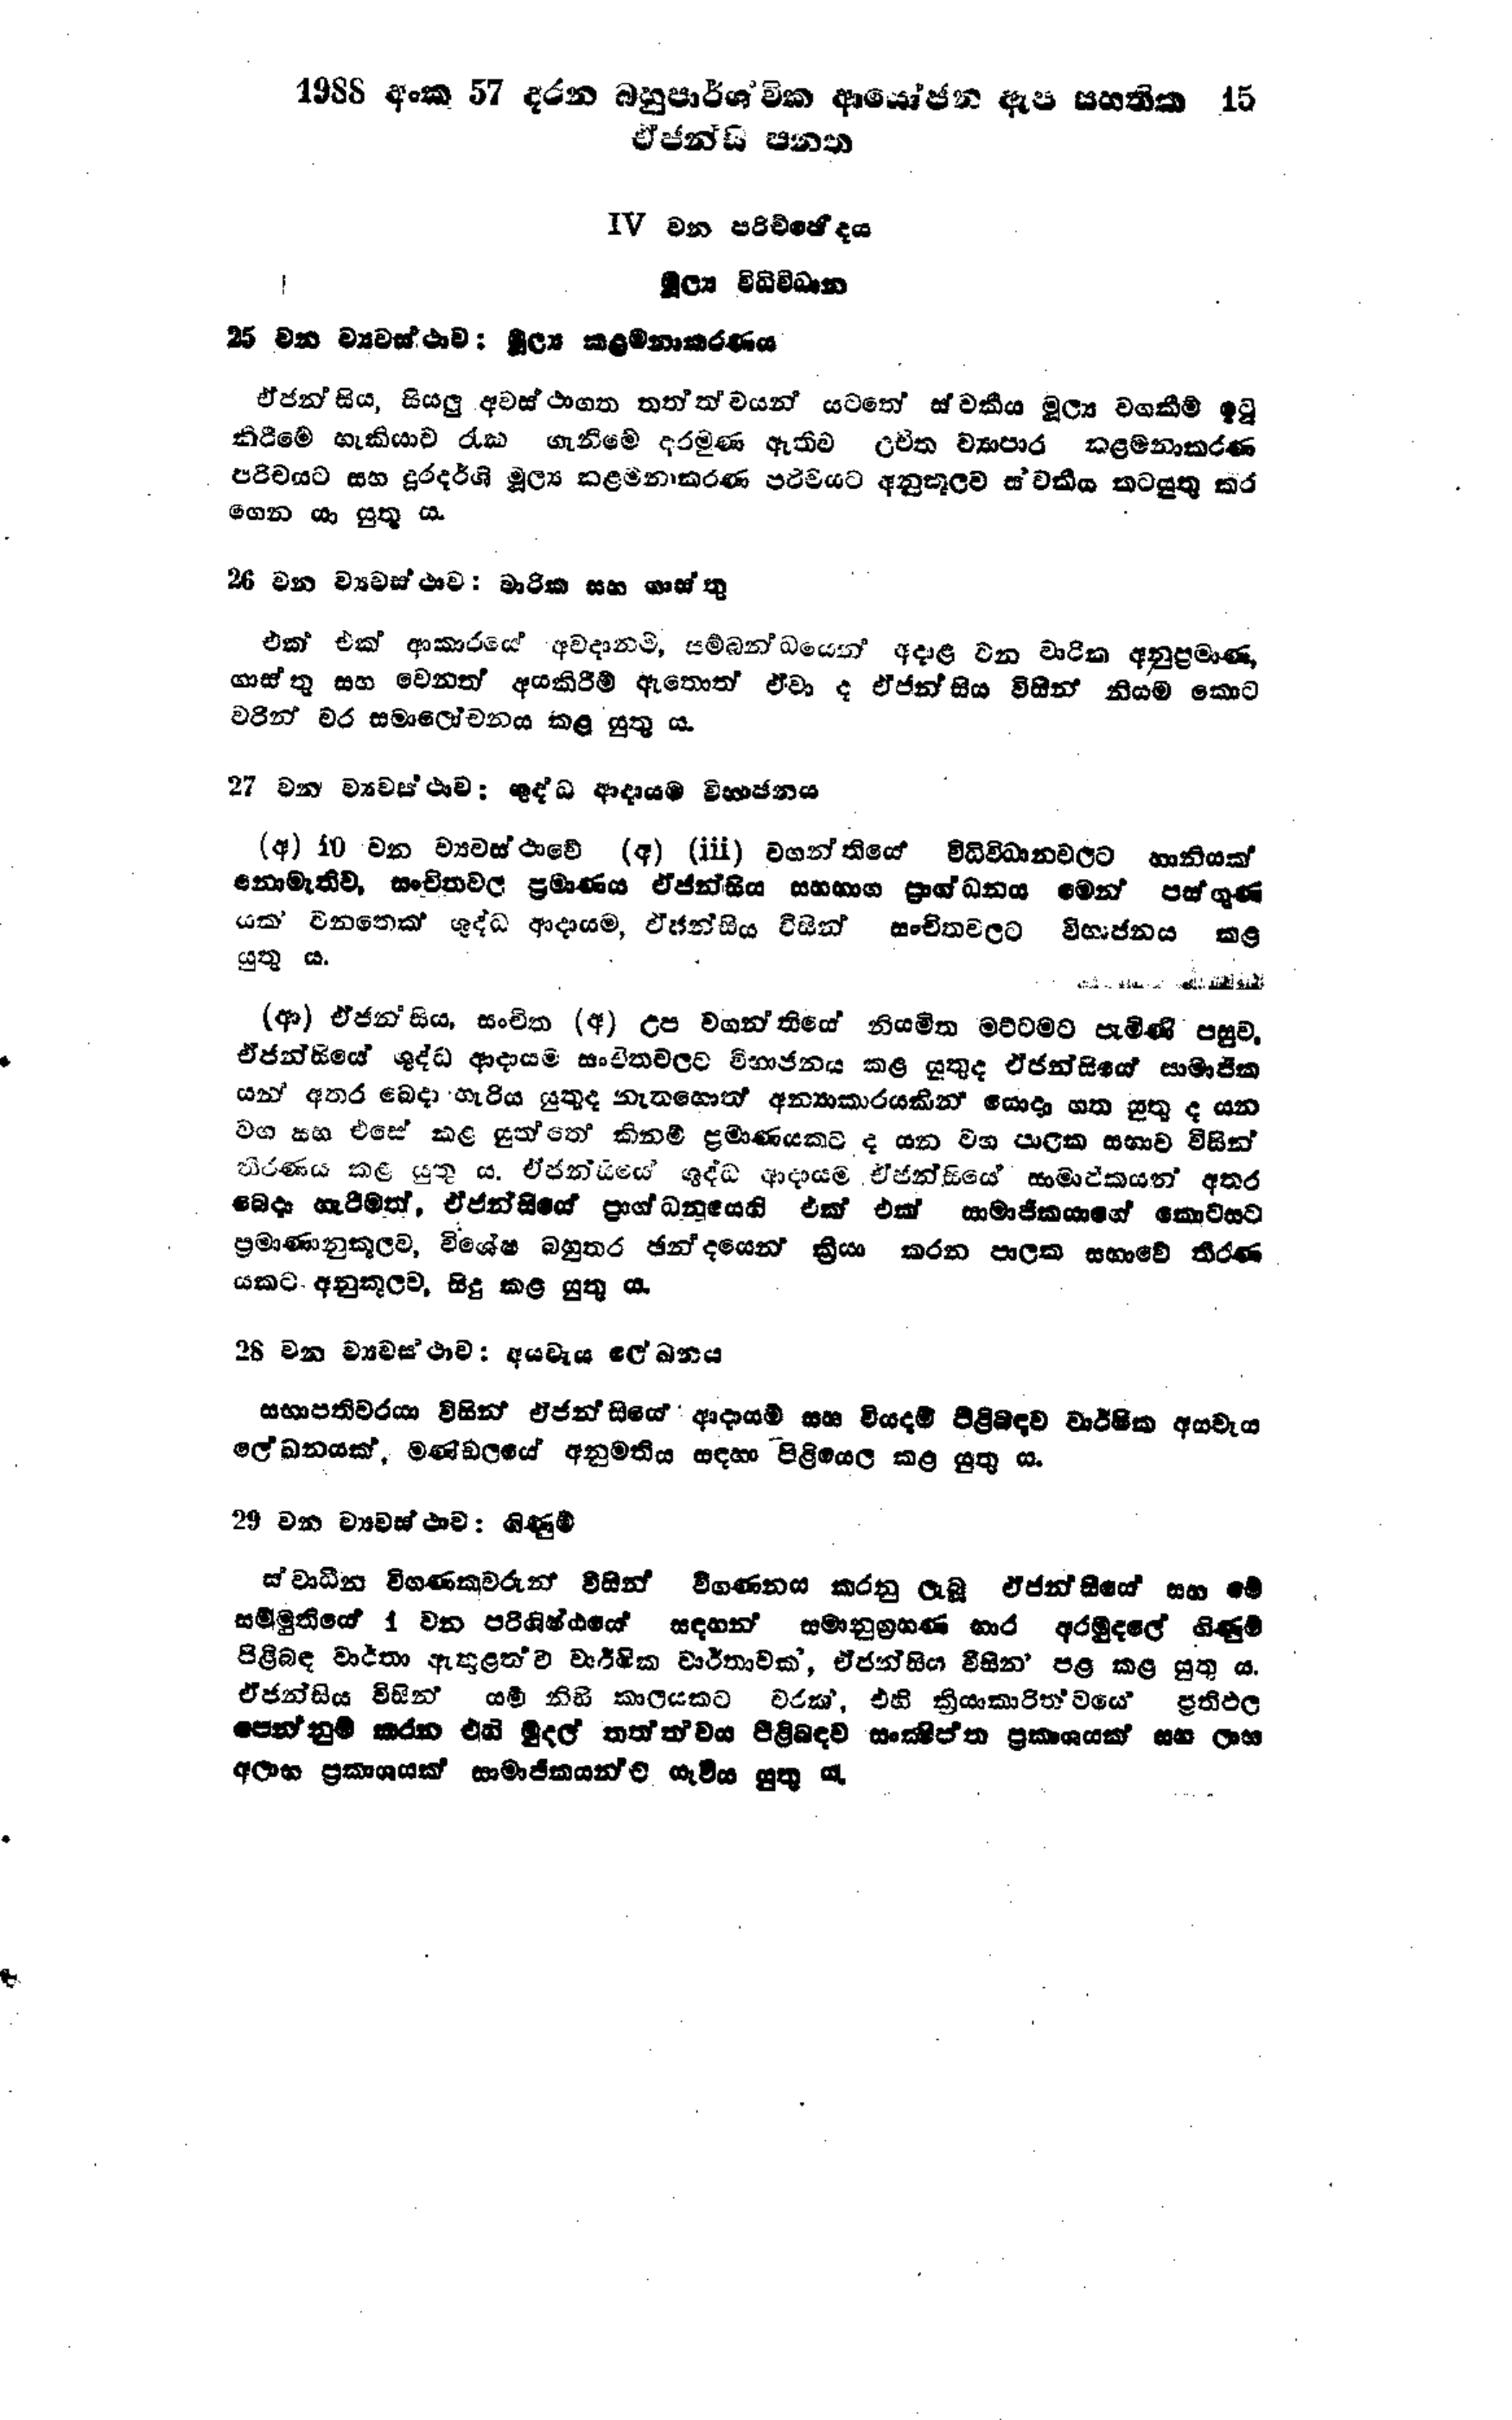
1988 අංක 57 දරන බහුපාර්ශ්චික ආයෝජන ඇප සහතික 15
ඒජන්සි පනත

17 වන පරිච්ජේදය

මූල්‍ය විධිවිධාන

25 වන ව්‍යවස්ථාව: මුල්‍ය කළමනාකරණය

ඒජන්සිය, සියලු අවස්ථාගත තත්ත්වයන් යටතේ ස්වකීය මූල්‍ය වගකීම් ඉටු
කිරීමේ හැකියාව රැක ගැනිමේ දරමුණ ඇතිව උචිත ව්‍යාපාර කළමනාකරණ
පරිචයට සහ දූරදර්ශි මූල්‍ය කළමනාකරණ පරිචයට අනුකූලව ස්වකීය කටයුතු කර
ගෙන යා යුතු ය.

26 වන ව්‍යවස්ථාව : වාරික සහ ගාස්තු

එක් එක් ආකාරයේ අවදානම, සම්බන්ධයෙන් අදාළ වන වාරික අනුප්‍රමාණ,
ගාස්තු සහ වෙනත් අයකිරීම් ඇතොත් ඒවා ද ඒජන්සිය විසින් නියම කොට
වරින් වර සමාලෝචනය කළ යුතු ය.

27 වන ව්‍යවස්ථාව: ශුද්ධ ආදායම විභාජනය

(අ) 10 වන ව්‍යවස්ථාවේ (අ) (iii) වගන්තියේ විධිවිධාන වලට හානියක්
නොමැතිව, සංචිතවල ප්‍රමාණය ඒජන්සිය සහභාග ප්‍රාග්ධනය මෙන් පස්ඟුණ
යක් වනතෙක් ශුද්ධ ආදායම, ඒජන්සිය විසින් සංචිතවලට විභාජනය කළ
යුතු ය.

(ආ) ඒජන්සිය, සංචිත (අ) උප වගන්තියේ නියමිත මට්ටමට පැමිණි පසුව
ඒජන්සියේ ශුද්ධ ආදායම සංචිත වලට විභාජනය කළ යුතුද ඒ ජන්සියේ සාමාජික
යන අතර බෙදා හැරිය යුතු ද නැතහොත් අන්‍යාකාරයකින් සොදා ගත යුතු ද යන
වග සහ එසේ කළ යුත්තේ කිනම් ප්‍රමාණයකට ද යන වග පාලක සභාව විසින්
තීරණය කළ යුතුය. ඒජන්සියේ ශුද්ධ ආදායම ඒජන්සියේ සාමාජිකයන් අතර
බෙදා හැරීමත්, ඒජන්සියේ ප්‍රාග්ධනයෙහි එක් එක් සාමාජිකයාගේ කොටසට
ප්‍රමාණානුකූලව, විශේෂ බහුතර ඡන්දයෙන් ක්‍රියා කරන පාලක සභාවේ තීරණ
යකට අනුකූලව, සිදු කළ යුතු ය.

28 වන ව්‍යවස්ථාව: අයවැය ලේඛනය

සභාපතිවරයා විසින් ඒජන්සියේ ආදායම් සහ වියදම් පිළිබඳව වාර්ෂික අයවැය
ලේඛනයක්, මණ්ඩලයේ අනුමතිය සඳහා පිළියෙල කළ යුතු ය.

29 වන ව්‍යවස්ථාව : ගිණුම්

ස්වාධීන විගණකවරුන් විසින් විගණනය කරනු ලැබූ ඒජන්සියේ සහ මේ
සම්මුතියේ 1 වන පරිශිෂ්ඨයේ සඳහන් සමානුග්‍රහණ භාර අරමුදලේ ගිණුම්
පිළිබඳ වාර්තා ඇතුළත් ව වාර්ෂික වාර්තාවක්, ඒජන්සිය විසින පළ කළ යුතු ය.
ඒජන්සිය විසින් යම් නිසි කාලයකට වරක්, එහි ක්‍රියාකාරිත්වයේ ප්‍රතිඵල
පෙන්නුම් කරන එහි මුදල් තත්ත්වය පිළිබඳව සංක්ෂිප්ත ප්‍රකාශයක් සහ ලාභ
අලාභ ප්‍රකාශයක් සාමාජිකයන්ට යැවිය යුතු ය.